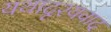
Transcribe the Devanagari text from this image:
यथादृश्यवाद